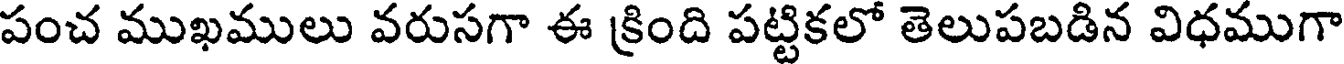
పంచ ముఖములు వరుసగా ఈ క్రింది పట్టికలో తెలుపబడిన విధముగా